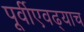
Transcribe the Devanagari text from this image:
पूर्वीएवढ्याच